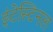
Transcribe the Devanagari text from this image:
इंटेस्टिनल